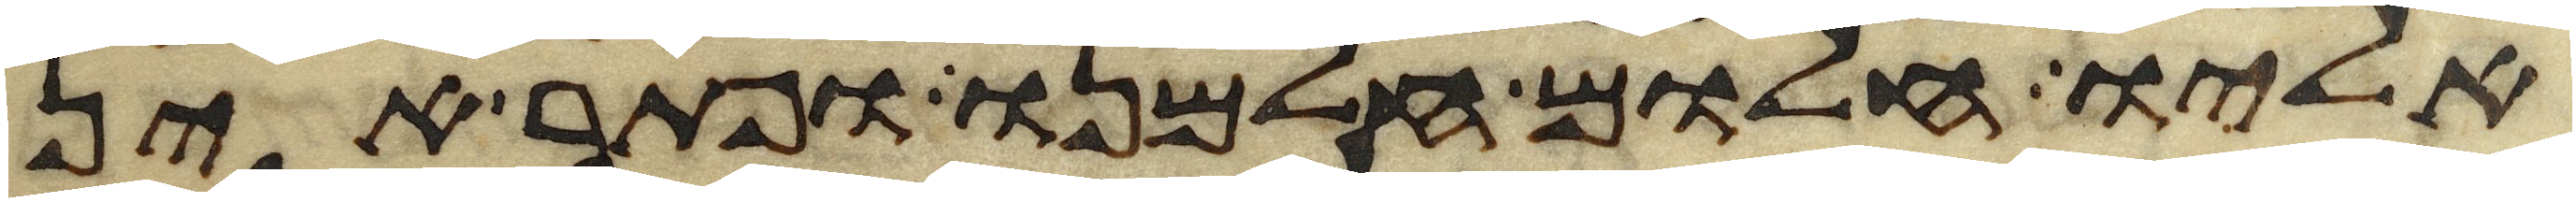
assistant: אליו חלום חלמנו ופתר אין